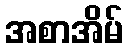
အစာအိမ်